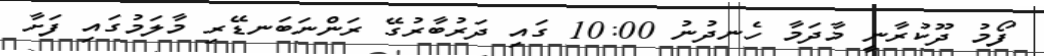
ފޯމު ދޫކުރާނީ މާދަމާ ހެނދުނު 10:00 ގައި ދަރުބާރުގޭ ރަންނަބަނޑޭރި މާލަމުގައި ފަށާ